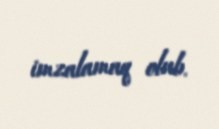
imzalamaq olub.